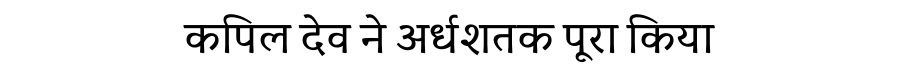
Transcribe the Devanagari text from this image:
कपिल देव ने अर्धशतक पूरा किया